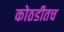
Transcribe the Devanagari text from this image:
कोठडीतच